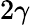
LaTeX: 2\gamma